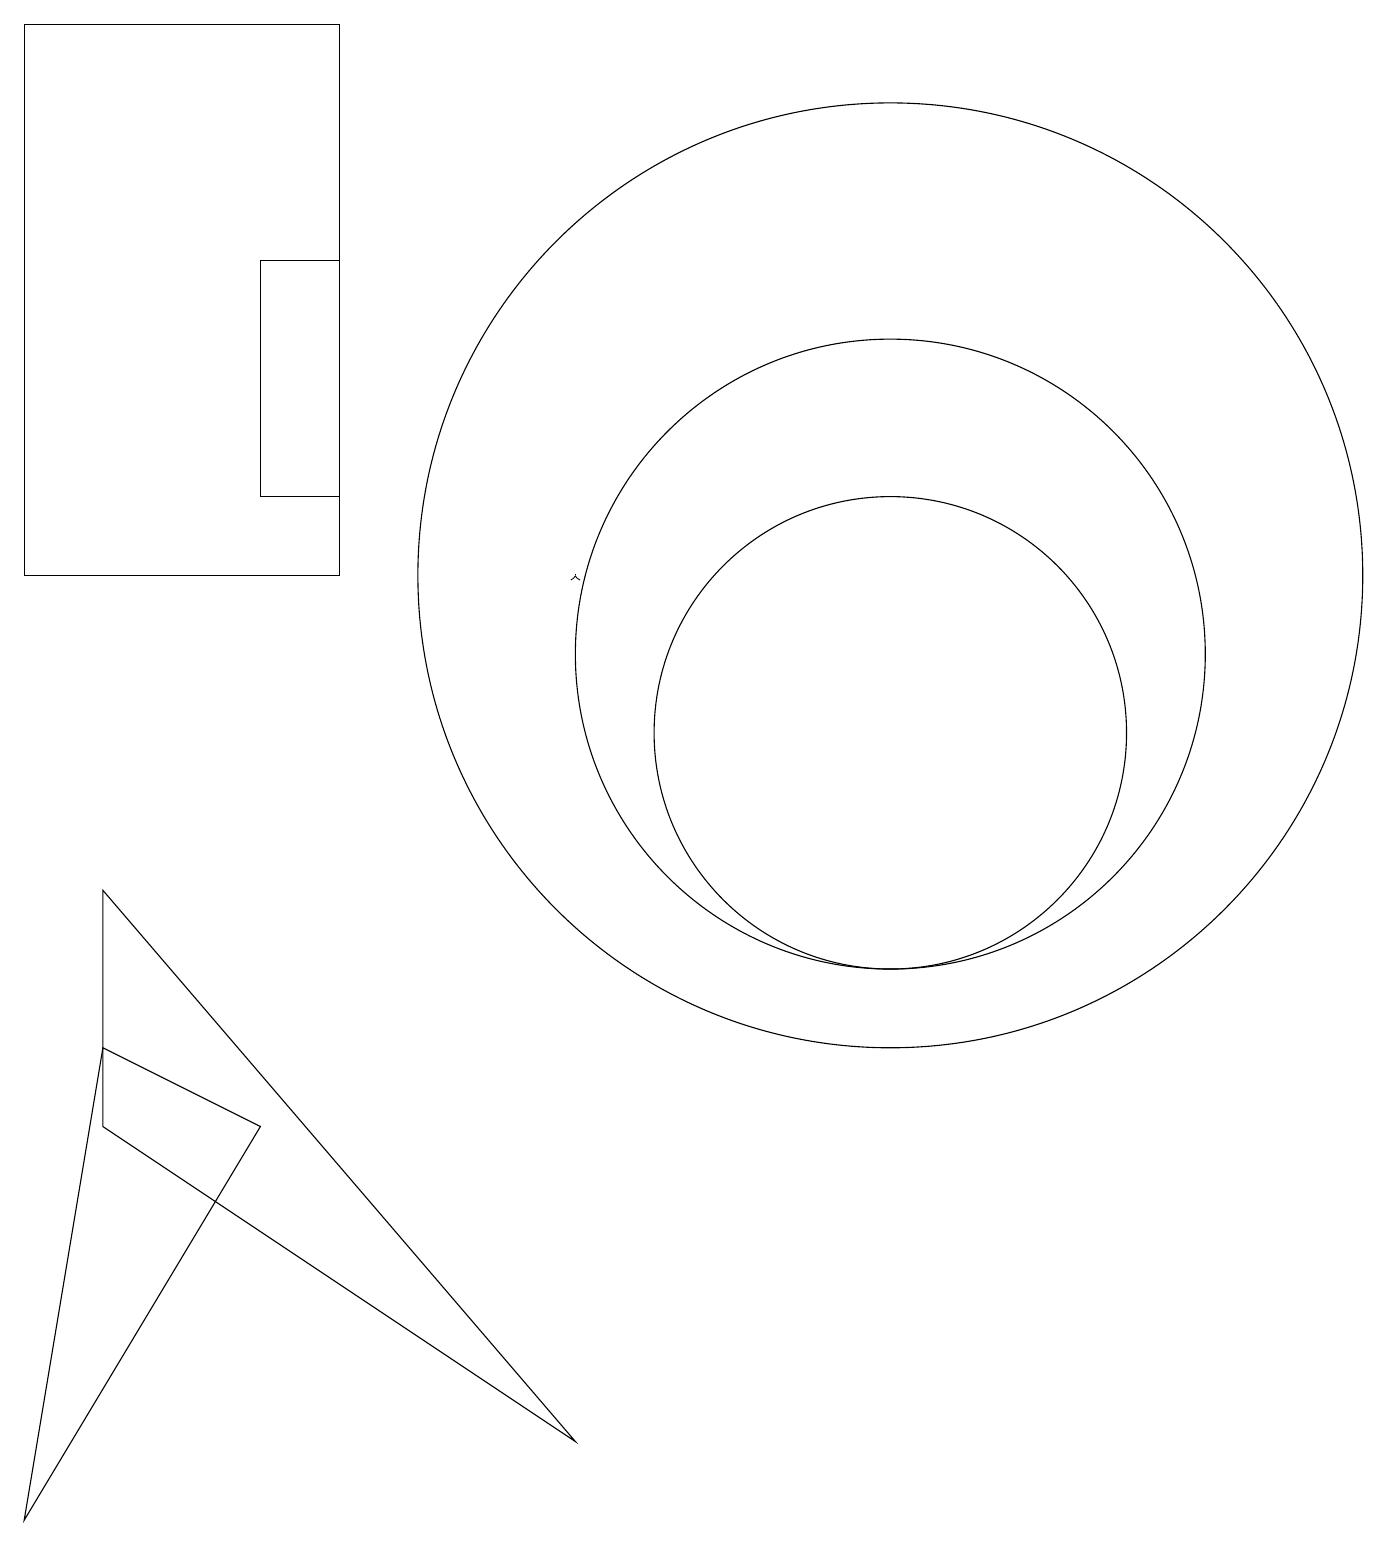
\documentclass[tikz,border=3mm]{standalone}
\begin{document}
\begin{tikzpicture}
\draw[->] (7,12) -- (7,12);
\draw (11,11) circle (4);
\draw (11,10) circle (3);
\draw (11,12) circle (6);
\draw (4,13) rectangle (3,16);
\draw (1,8) -- (1,5) -- (7,1) -- cycle;
\draw (1,6) -- (3,5) -- (0,0) -- cycle;
\draw (0,12) rectangle (4,19);
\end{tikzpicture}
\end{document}